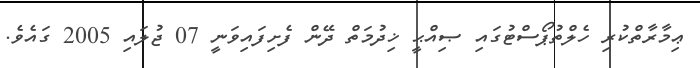
ޢިމާރާތްކުރި ހެލްތުޕޯސްޓުގައި ޞިއްޙީ ޚިދުމަތް ދޭން ފެށިފައިވަނީ 07 ޖުލައި 2005 ގައެވެ.